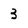
Character: 3